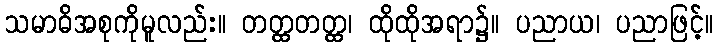
သမာဓိအစုကိုမူလည်း။ တတ္ထတတ္ထ၊ ထိုထိုအရာ၌။ ပညာယ၊ ပညာဖြင့်။